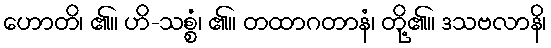
ဟောတိ၊ ၏။ ဟိ-သစ္စံ၊ ၏။ တထာဂတာနံ၊ တို့၏။ ဒသဗလာနိ၊